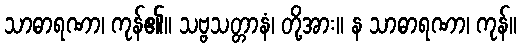
သာဓာရဏာ၊ ကုန်၏။ သဗ္ဗသတ္တာနံ၊ တို့အား။ န သာဓာရဏာ၊ ကုန်။